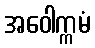
အဝေါက္ကမံ